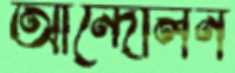
আন্দোলন